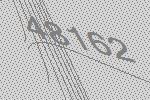
48162